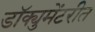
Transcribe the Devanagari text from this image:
डॉक्युमेंटरीत